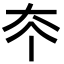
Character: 𡗟